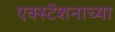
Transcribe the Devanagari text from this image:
एक्स्टेंशनाच्या